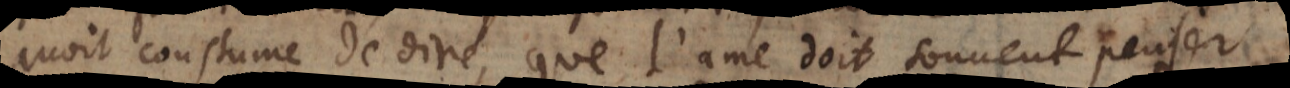
avoit coustume de dire, que l’ame doit souvent penser